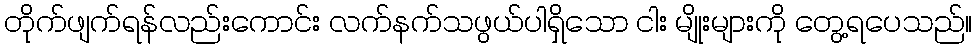
တိုက်ဖျက်ရန်လည်းကောင်း လက်နက်သဖွယ်ပါရှိသော ငါး မျိုးများကို တွေ့ရပေသည်။